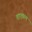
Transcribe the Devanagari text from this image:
ताएवरम